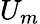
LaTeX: U_{m}